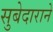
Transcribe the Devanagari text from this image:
सुबेदाराने